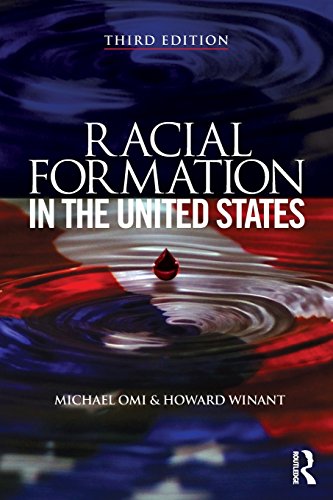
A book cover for Racial Formation in the United States; Michael Omi; History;